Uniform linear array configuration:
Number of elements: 32
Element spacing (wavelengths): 0.5
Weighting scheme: exponential
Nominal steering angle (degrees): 0
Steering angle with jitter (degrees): -1.601
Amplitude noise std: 0.05
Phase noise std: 0.05

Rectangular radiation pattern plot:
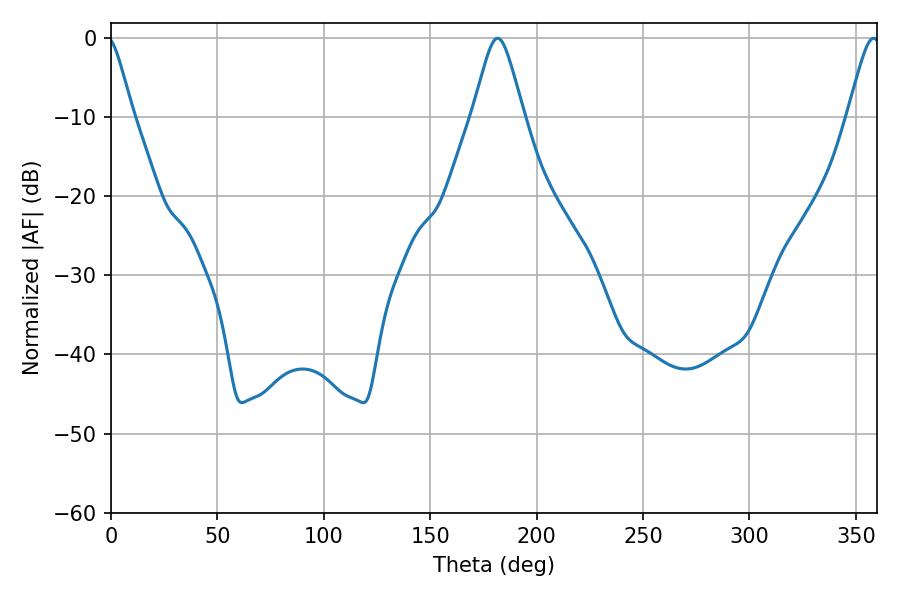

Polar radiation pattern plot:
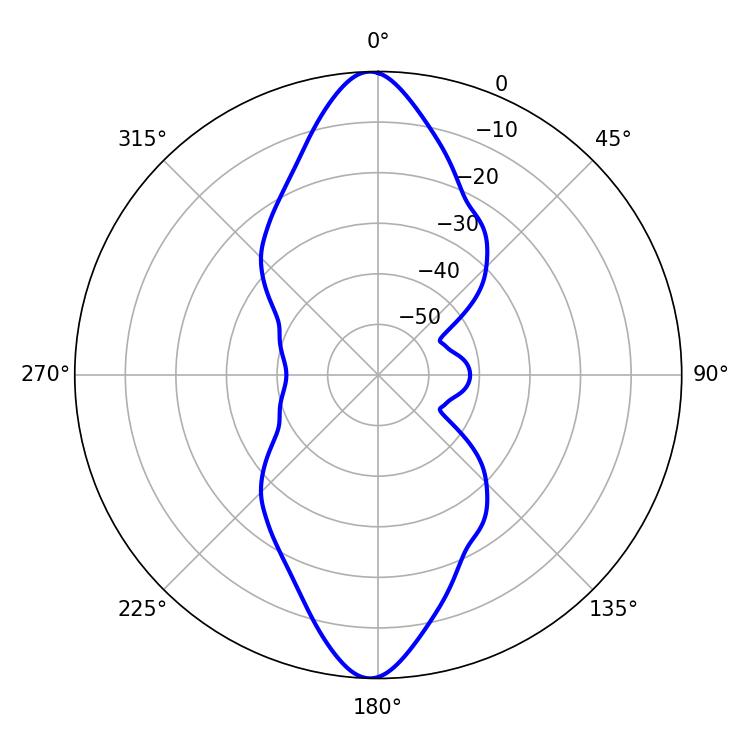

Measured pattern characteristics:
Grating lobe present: FALSE
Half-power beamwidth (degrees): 7.38
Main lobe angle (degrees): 358.38